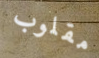
مقلوب